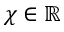
\chi \in \mathbb R